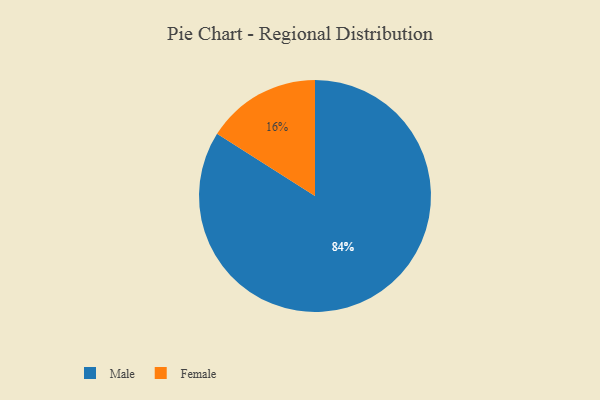
{"axis": {"x": "Category", "y": "Percentage"}, "legend": ["Female", "Male"], "data": [{"x": "Male", "y": 84, "type": "Male"}, {"x": "Female", "y": 16, "type": "Female"}]}